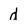
Character: d